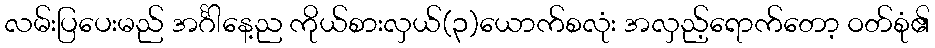
လမ်းပြပေးမည် အင်္ဂါနေ့ည ကိုယ်စားလှယ်(၃)ယောက်စလုံး အလှည့်ရောက်တော့ ဝတ်စုံ၏